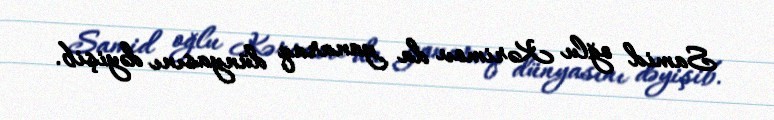
Samid oğlu Kərimov da yanaraq dünyasını dəyişib.